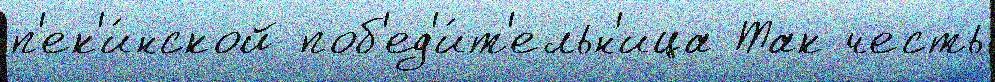
п'ек'и́нской поб'ед'и́т'ельн'ица Так честь